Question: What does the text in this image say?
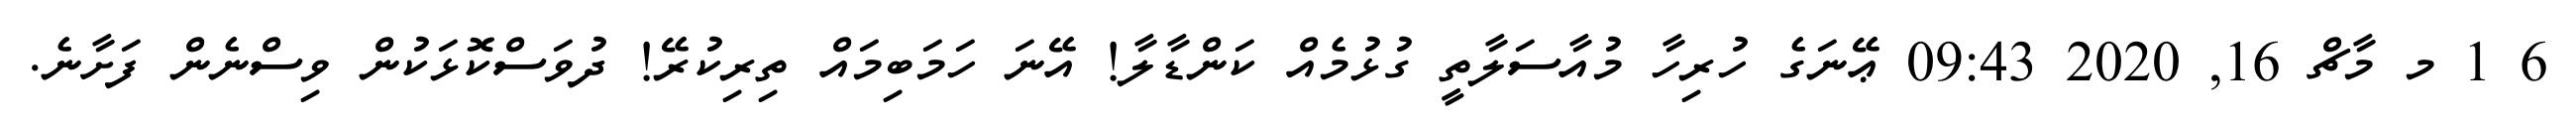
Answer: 6 1 މ މާޗް 16, 2020 09:43 ޢޭނަގެ ހުރިހާ މުއާސަލާތީ ގުޅުމެއް ކަންޑާލާ! އޭނަ ހަމަބިމައް ތިރިކުރޭ! ދުވަސްކޮޅަކުން ވިސްނެން ފަށާނެ.